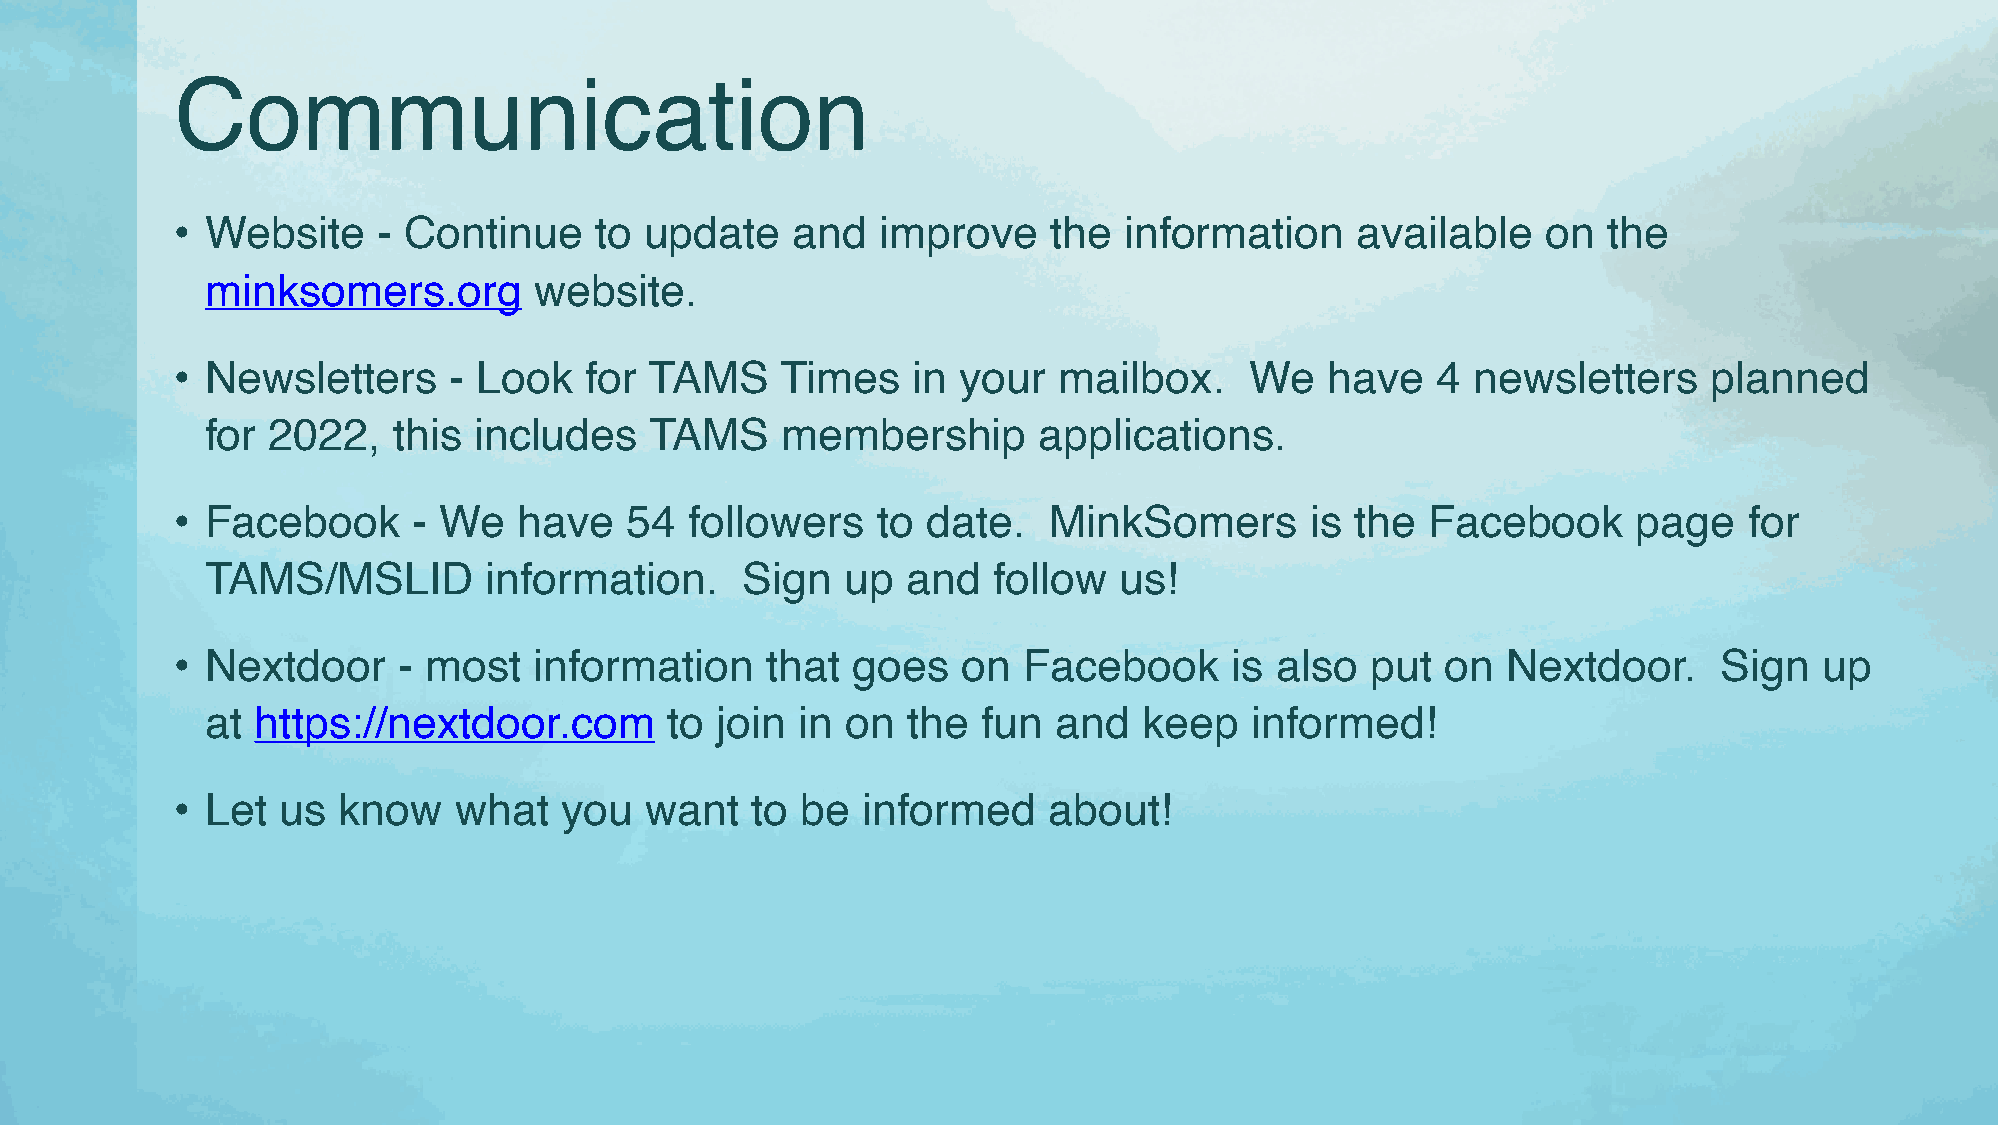
Communication
 • Website    - Continue    to  update    and  improve     the information     available   on  the
 minksomers.org       website.
 • Newsletters     - Look   for TAMS     Times   in  your  mailbox.     We   have   4  newsletters    planned
 for 2022,   this includes    TAMS     membership       applications.
 • Facebook     - We   have    54  followers   to date.    MinkSomers       is the  Facebook     page    for
 TAMS/MSLID        information.     Sign   up  and   follow  us!
 • Nextdoor    - most   information     that goes    on  Facebook      is also  put  on  Nextdoor.     Sign   up
 at https://nextdoor.com       to join  in on  the  fun  and   keep   informed!
 • Let us  know    what   you   want   to be  informed    about!